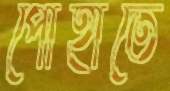
পোহাতে